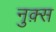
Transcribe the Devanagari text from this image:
नुक़्स